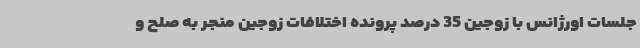
جلسات اورژانس با زوجین 35 درصد پرونده اختلافات زوجین منجر به صلح و